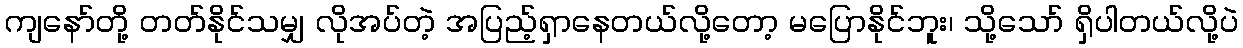
ကျနော်တို့ တတ်နိုင်သမျှ လိုအပ်တဲ့ အပြည့်ရှာနေတယ်လို့တော့ မပြောနိုင်ဘူး၊ သို့သော် ရှိပါတယ်လို့ပဲ